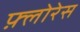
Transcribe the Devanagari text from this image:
फ़्लोरेस